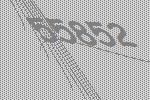
55852